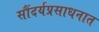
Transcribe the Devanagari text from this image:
सौंदर्यप्रसाधनात